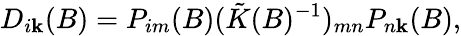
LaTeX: D_{i\mathbf{k}}(B)=P_{im}(B)(\tilde{{K}}(B)^{-1})_{mn}P_{n\mathbf{k}}(B),